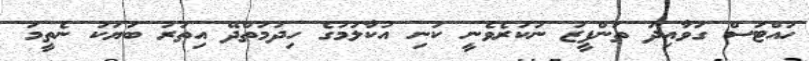
ހުއްޓަސް ގަވާއިދު ތަންފީޒު ނުކުރެވެނީ ކުނި އުކާލުމުގެ ހިދުމަތްދޭ އިތުރު ބަޔަކު ނެތީމަ